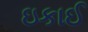
ઇકાઈ